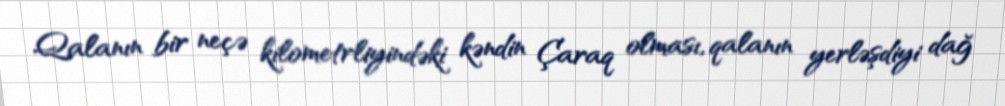
Qalanın bir neçə kilometrliyindəki kəndin Çaraq olması, qalanın yerləşdiyi dağ